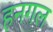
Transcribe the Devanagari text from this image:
हनगल